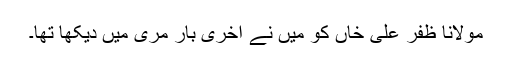
مولانا ظفر علی خاں کو میں نے آخری بار مری میں دیکھا تھا۔